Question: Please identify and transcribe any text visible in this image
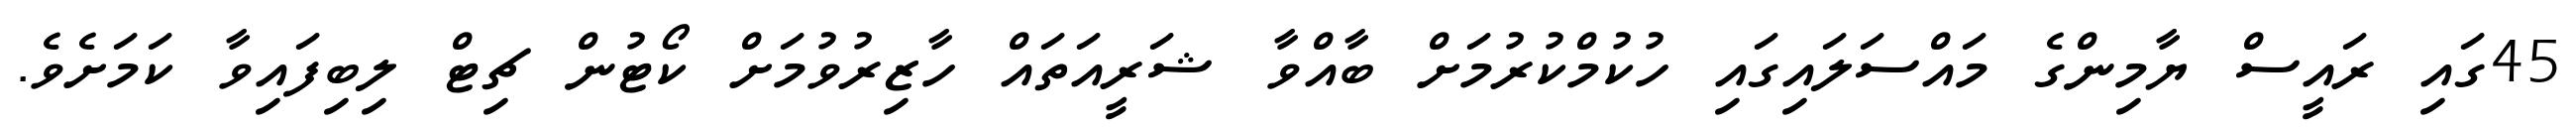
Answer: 45ގައި ރައީސް ޔާމިންގެ މައްސަލައިގައި ހުކުމްކުރުމަށް ބާއްވާ ޝަރީއަތައް ހާޒިރުވުމަށް ކޯޓުން ޗިޓް ލިބިފައިވާ ކަމަށެވެ.